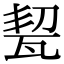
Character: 㼤